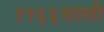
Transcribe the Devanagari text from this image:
१९६६साली